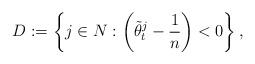
LaTeX: \begin{align*}D:=\left\{j \in N: \left(\tilde{\theta}_t^j - \frac{1}{n}\right) < 0\right\},\end{align*}